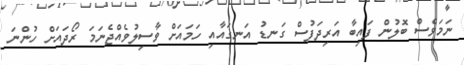
ނަމަވެސް ބޮލުން ފައިބާ އަރިދަފުސް ގަނޑު އަނގައާއި ހަމައަށް ވާސިލުވެއްޖެނަމަ ރޯދައަށް ހުންނަ